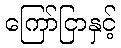
ကြော်ငြာနှင့်